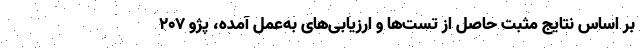
بر اساس نتایج مثبت حاصل از تست‌ها و ارزیابی‌های به‌عمل آمده، پژو ۲۰۷